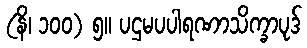
(နိ၊ ၁၀၀) ၅။ ပဌမပပါရဏာသိက္ခာပုဒ်